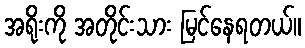
အရိုးကို အတိုင်းသား မြင်နေရတယ်။